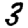
Digit: 3